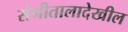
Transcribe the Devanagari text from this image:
संगीतालादेखील